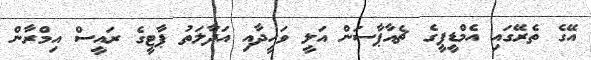
އޭގެ ތެރޭގައި އެމްޑީޕީގެ ޗެއާޕާސަން އަލީ ވަހީދާއި އަދާލަތު ޕާޓީގެ ރައީސް އިމްރާން